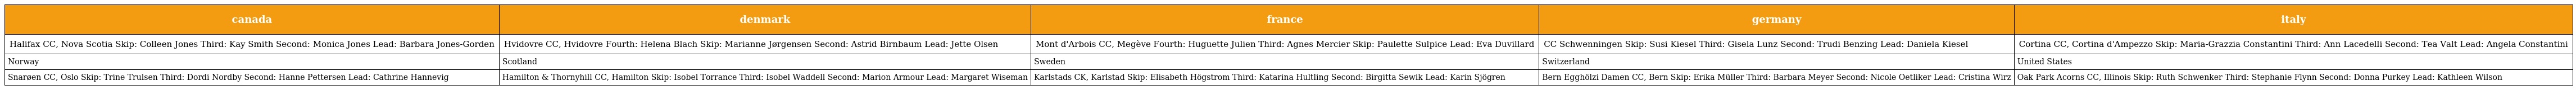
| canada | denmark | france | germany | italy |
 | --- | --- | --- | --- | --- |
 | Halifax CC, Nova Scotia Skip: Colleen Jones Third: Kay Smith Second: Monica Jones Lead: Barbara Jones-Gorden | Hvidovre CC, Hvidovre Fourth: Helena Blach Skip: Marianne Jørgensen Second: Astrid Birnbaum Lead: Jette Olsen | Mont d'Arbois CC, Megève Fourth: Huguette Julien Third: Agnes Mercier Skip: Paulette Sulpice Lead: Eva Duvillard | CC Schwenningen Skip: Susi Kiesel Third: Gisela Lunz Second: Trudi Benzing Lead: Daniela Kiesel | Cortina CC, Cortina d'Ampezzo Skip: Maria-Grazzia Constantini Third: Ann Lacedelli Second: Tea Valt Lead: Angela Constantini |
 | Norway | Scotland | Sweden | Switzerland | United States |
 | Snarøen CC, Oslo Skip: Trine Trulsen Third: Dordi Nordby Second: Hanne Pettersen Lead: Cathrine Hannevig | Hamilton & Thornyhill CC, Hamilton Skip: Isobel Torrance Third: Isobel Waddell Second: Marion Armour Lead: Margaret Wiseman | Karlstads CK, Karlstad Skip: Elisabeth Högstrom Third: Katarina Hultling Second: Birgitta Sewik Lead: Karin Sjögren | Bern Egghölzi Damen CC, Bern Skip: Erika Müller Third: Barbara Meyer Second: Nicole Oetliker Lead: Cristina Wirz | Oak Park Acorns CC, Illinois Skip: Ruth Schwenker Third: Stephanie Flynn Second: Donna Purkey Lead: Kathleen Wilson |